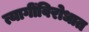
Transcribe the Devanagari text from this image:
त्यागींविरोधात